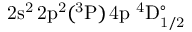
\mathrm { 2 s ^ { 2 } \, 2 p ^ { 2 } ( ^ { 3 } P ) \, 4 p ~ ^ { 4 } D _ { 1 / 2 } ^ { \circ } }